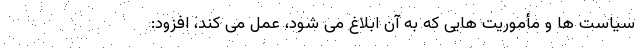
سیاست ها و مأموریت هایی که به آن ابلاغ می شود، عمل می کند، افزود: